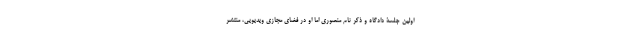
اولین جلسۀ دادگاه و ذکر نام منصوری اما او در فضای مجازی ویدیویی، منتشر